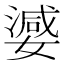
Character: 𭒞